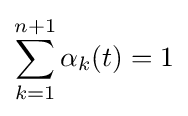
\sum \limits _{k=1}^{n+1}\alpha _{k}(t)=1